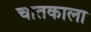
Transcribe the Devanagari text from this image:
चातकाला